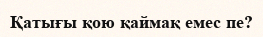
Қатығы қою қаймақ емес пе?